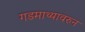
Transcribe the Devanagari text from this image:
गडमाथ्यावरुन